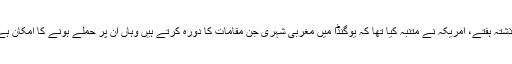
گذشتہ ہفتے، امریکہ نے متنبہ کیا تھا کہ یوگنڈا میں مغربی شہری جن مقامات کا دورہ کرتے ہیں وہاں اُن پر حملے ہونے کا امکان ہے۔